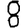
Digit: 8